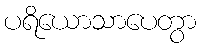
ပရိယောသာပေတွာ